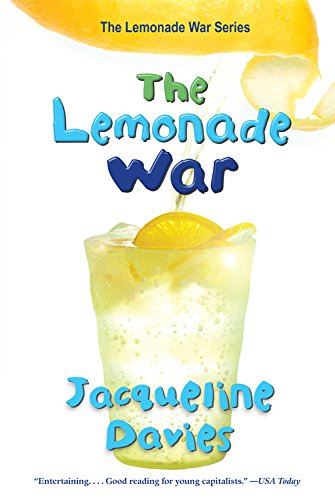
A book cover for The Lemonade War (The Lemonade War Series); Jacqueline Davies; Children's Books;